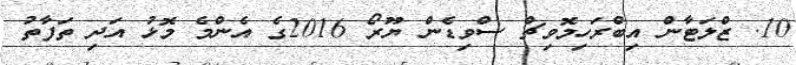
10. ޒްލަޓާން އިބްރަހިމޮވިޗް ސްވިޑެން ޔޫރޯ 2016ގެ އެންމެ މޮޅު އަދި ތަފާތު